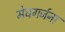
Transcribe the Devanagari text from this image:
मेघगर्जना